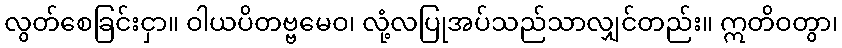
လွတ်စေခြင်းငှာ။ ဝါယပိတဗ္ဗမေဝ၊ လုံ့လပြုအပ်သည်သာလျှင်တည်း။ ဣတိဝတွာ၊